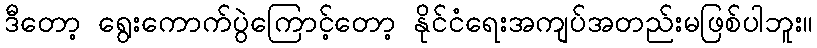
ဒီတော့ ရွေးကောက်ပွဲကြောင့်တော့ နိုင်ငံရေးအကျပ်အတည်းမဖြစ်ပါဘူး။